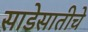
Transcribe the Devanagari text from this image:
साडेसातीचे